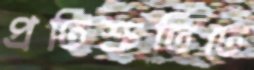
প্রতিশ্রুতিতে